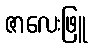
ဇာလေးဖြူ